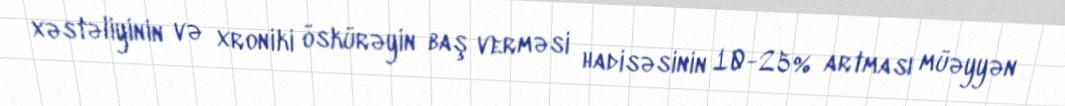
xəstəliyinin və xroniki öskürəyin baş verməsi hadisəsinin 10-25% artması müəyyən